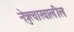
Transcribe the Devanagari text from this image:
नेत्रुत्वाखालील